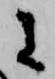
に